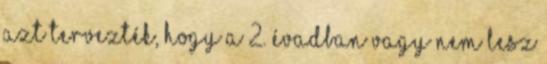
azt tervezték, hogy a 2. évadban vagy nem lesz